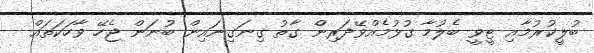
ބުލީކުރުމާއި ޓީވީ ބެލުމާ ގުޅުމެއްވޭދަރިން ގާތު ގިނަގިނައިން ބުނަން ޖެހޭ ވާހަކަތައް